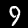
Label: 9